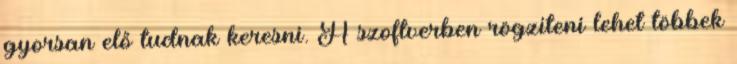
gyorsan elő tudnak keresni. A szoftverben rögzíteni lehet többek